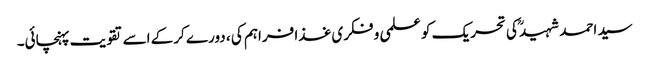
سید احمد شہیدؒ کی تحریک کو علمی و فکری غذا فراہم کی ، دورے کرکے اسے تقویت پہنچائی۔